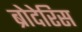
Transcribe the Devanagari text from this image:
ब्रोदेरिस